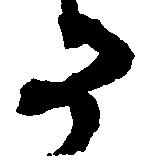
か